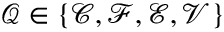
\mathcal { Q } \in \left\{ \mathcal { C } , \mathcal { F } , \mathcal { E } , \mathcal { V } \right\}